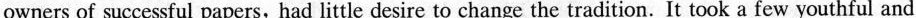
owners of successful papers, had little desire to change the tradition. It took a few youthful and